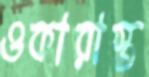
ওকারাস্ত